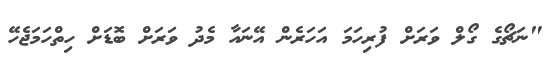
"ނަޗޯގެ ގޯލް ވަރަށް ފުރިހަމަ އަހަރެން އޭނައާ މެދު ވަރަށް ބޮޑަށް ހިތްހަމަޖެހޭ